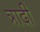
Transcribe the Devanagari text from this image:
त्रादी